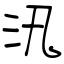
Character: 汛